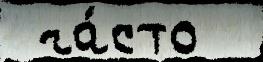
 ча́сто